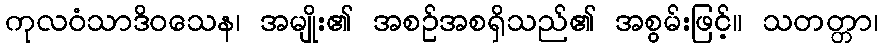
ကုလဝံသာဒိဝသေန၊ အမျိုး၏ အစဉ်အစရှိသည်၏ အစွမ်းဖြင့်။ သတတ္တာ၊